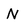
Character: N